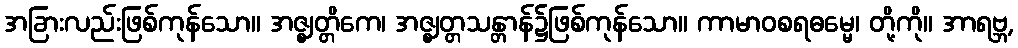
အခြားလည်းဖြစ်ကုန်သော။ အဇ္ဈတ္တိကေ၊ အဇ္ဈတ္တသန္တာန်၌ဖြစ်ကုန်သော။ ကာမာဝစရဓမ္မေ၊ တို့ကို။ အာရဗ္ဘ,